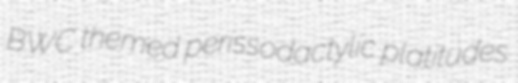
BWC themed perissodactylic platitudes